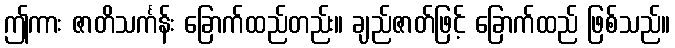
ဤကား ဇာတိသင်္ကန်း ခြောက်ထည်တည်း။ ချည်ဇာတ်ဖြင့် ခြောက်ထည် ဖြစ်သည်။